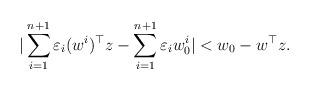
LaTeX: \begin{align*}| \sum_{i=1}^{n+1} \varepsilon_i(w^i)^{\top}z - \sum_{i=1}^{n+1} \varepsilon_iw_0^i | < w_0-w^{\top}z.\end{align*}